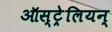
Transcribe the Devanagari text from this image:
ऑस्ट्रेलियन्